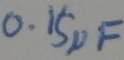
Text: 0.15µF